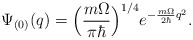
\begin{align*}\Psi_{(0)} (q) = \Bigl( \frac{m \Omega}{ \pi \hbar} \Bigr)^{1/4}e^{- \frac{m \Omega}{2 \hbar} q^2}.\end{align*}